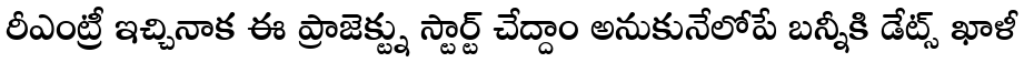
రీఎంట్రీ ఇచ్చినాక ఈ ప్రాజెక్ట్ను స్టార్ట్ చేద్దాం అనుకునేలోపే బన్నీకి డేట్స్ ఖాళీ